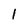
Character: 1